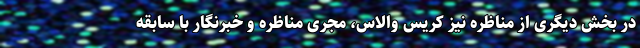
در بخش دیگری از مناظره نیز کریس والاس، مجری مناظره و خبرنگار با سابقه